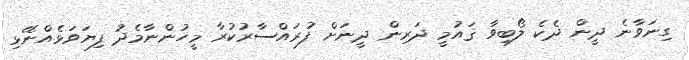
ގިނަވާނެ ދީން ދެކެ ލޯބިވާ ޤައުމީ ދަރިން ދީނަށް ފުރައްސާރުކުރާ މީހުންނާމެދު ފިޔަވަޅެއްނޭޅި